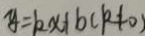
y = k x + b ( k \neq 0 )